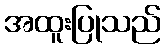
အထူးပြုသည်